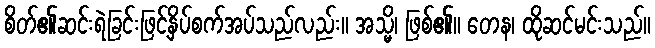
စိတ်၏ဆင်းရဲခြင်းဖြင့်နှိပ်စက်အပ်သည်လည်း။ အသ္မိ၊ ဖြစ်၏။ တေန၊ ထိုဆင်မင်းသည်။